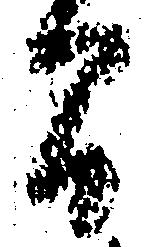
間